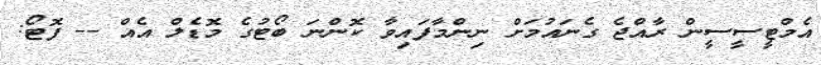
އެމްޓީސީސީން ރާއްޖެ ގެނައުމަށް ނިންމާފައިވާ ކޮންނަ ބޯޓުގެ މޮޑެލް އެއް -- ފޮޓޯ: